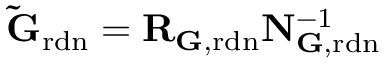
\mathbf { \tilde { G } } _ { \mathrm { r d n } } = \mathbf { R } _ { { \mathbf G } , \mathrm { r d n } } \mathbf { N } _ { \mathbf { G } , \mathrm { r d n } } ^ { - 1 }